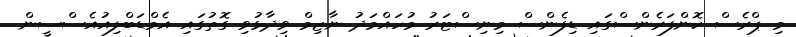
މި ޕްރެސް ކޮންފަރެންސްގައި ޑިފެންސް މިނިސްޓަރު މުހައްމަދު ނާޒިމް ވިދާޅުވި ގޮތުގައި އެމްޑަބްލިއުއެސްސީން